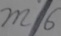
m / 6